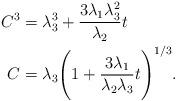
LaTeX: \begin{align*}C^3&=\lambda_3^3+\frac{3\lambda_1\lambda_3^2}{\lambda_2}t\\C&=\lambda_3\Bigg(1+\frac{3\lambda_1}{\lambda_2\lambda_3}t\Bigg)^{1/3}.\end{align*}